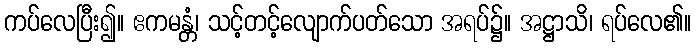
ကပ်လေပြီး၍။ ဧကမန္တံ၊ သင့်တင့်လျောက်ပတ်သော အရပ်၌။ အဋ္ဌာသိ၊ ရပ်လေ၏။